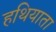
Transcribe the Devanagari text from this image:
हथियाता